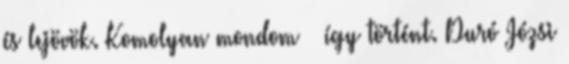
és lejövök. Komolyan mondom – így történt. Duró Józsi